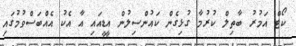
ކޯޓް އަމުރު ބާތިލް ކުރުމާ ގުޅިގެން ކައުންސިލުން އީޑީއައި އާ އެކު އެއްބަސްވުމުގައި